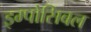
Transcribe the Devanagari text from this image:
इम्पोसिबल